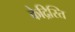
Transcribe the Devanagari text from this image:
केद्रिस्ति